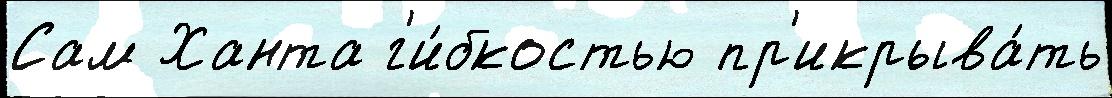
Сам Ханта г'и́бкостью пр'икрыва́ть